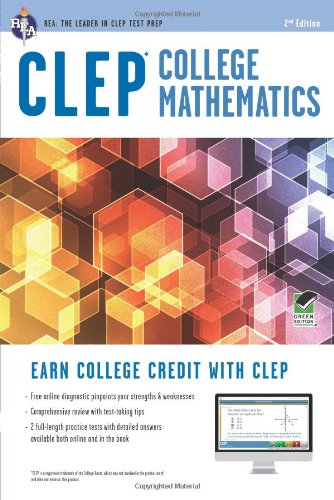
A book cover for CLEPÂ® College Mathematics Book + Online (CLEP Test Preparation); Mel Friedman M.S.; Test Preparation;